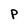
Character: P